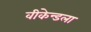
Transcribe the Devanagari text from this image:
वीकेन्डला